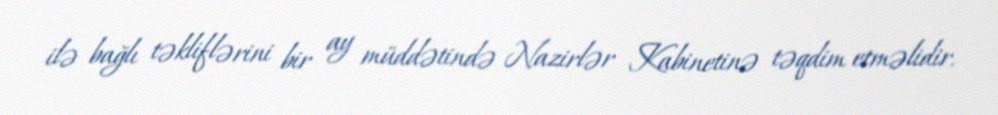
ilə bağlı təkliflərini bir ay müddətində Nazirlər Kabinetinə təqdim etməlidir.